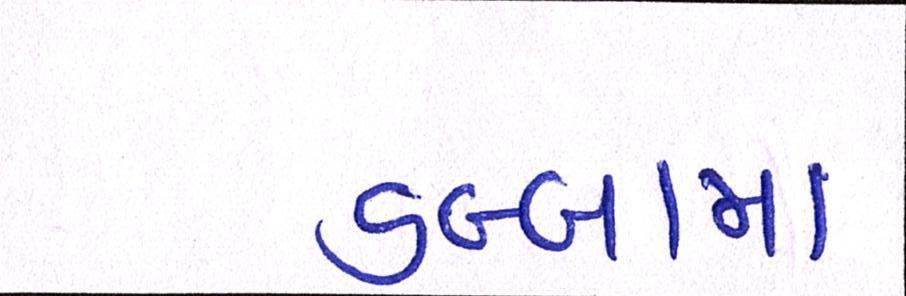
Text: ડબ્બામાં